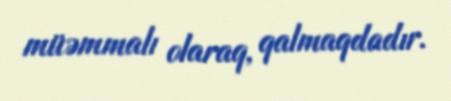
müəmmalı olaraq, qalmaqdadır.